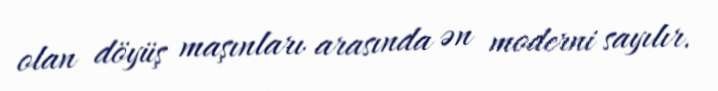
olan döyüş maşınları arasında ən moderni sayılır.